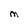
Character: M